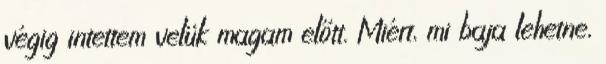
végig intettem velük magam előtt. Miért, mi baja lehetne,